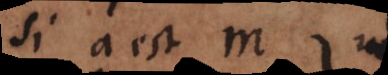
si a est m